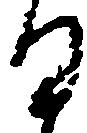
日